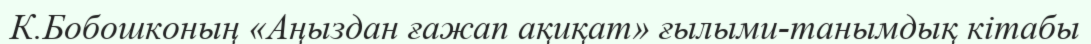
К.Бобошконың «Аңыздан ғажап ақиқат» ғылыми-танымдық кітабы